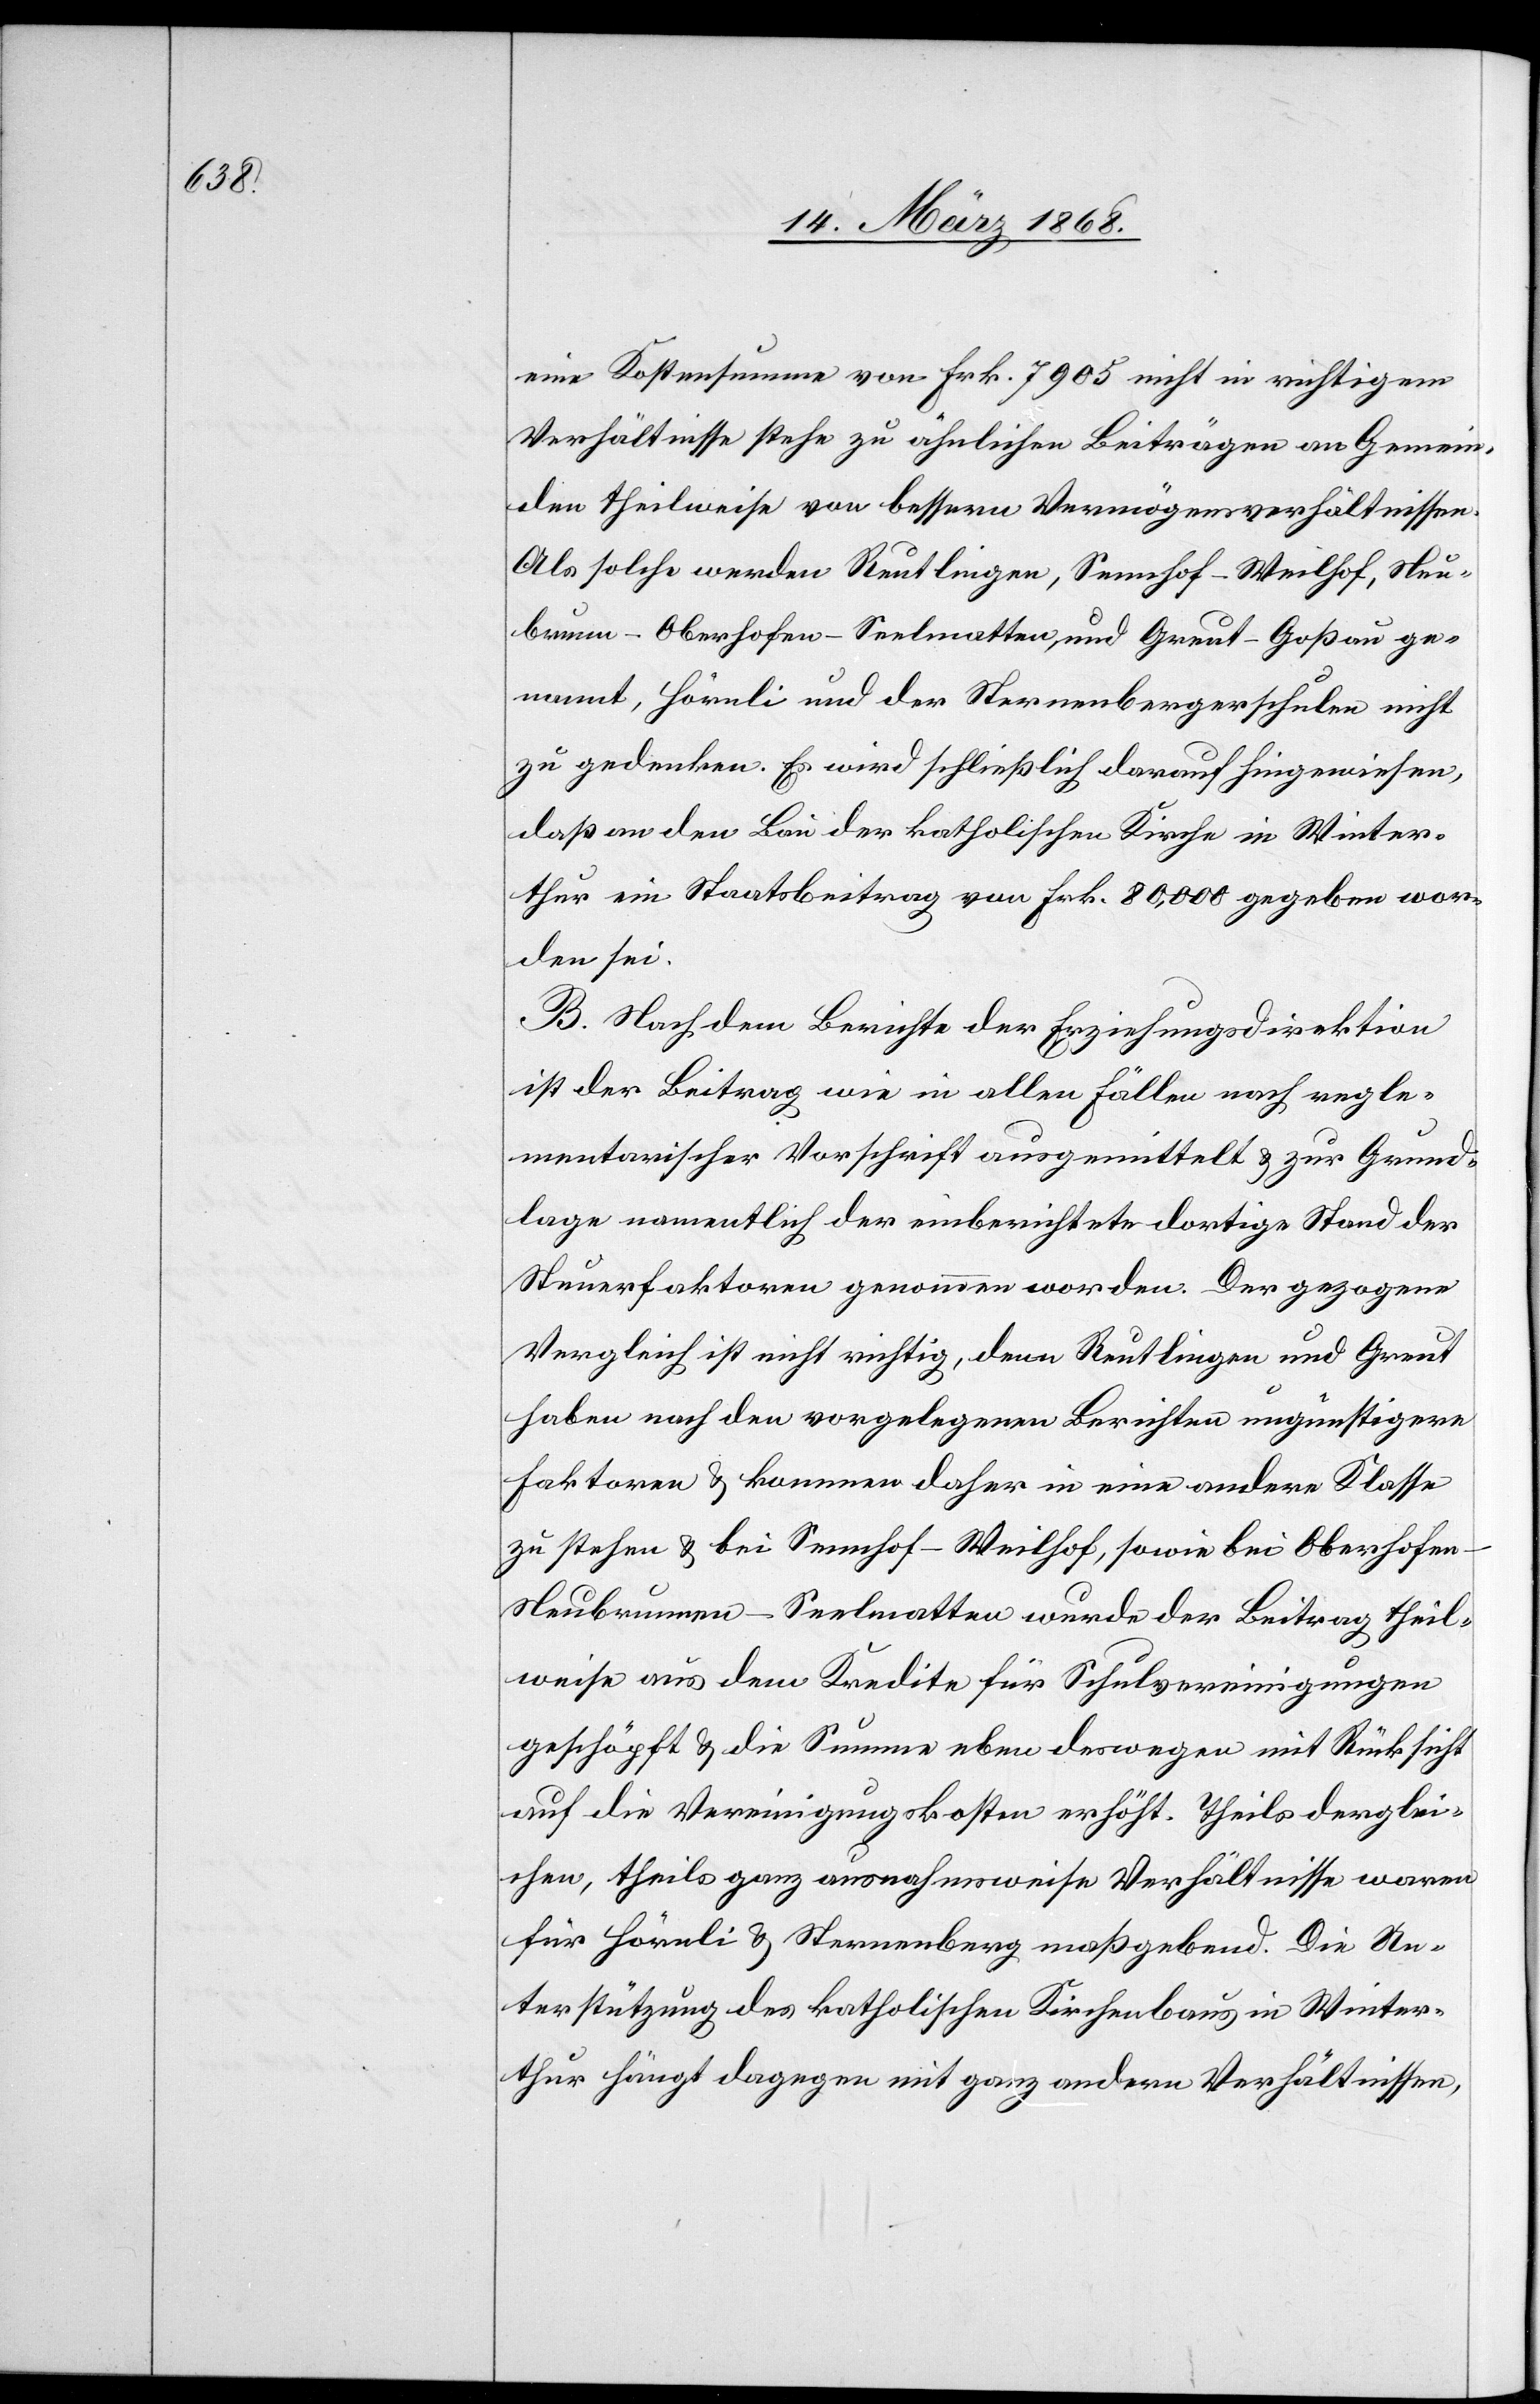
eine Kostensumme von Frk. 7905 nicht in richtigem
Verhältnisse stehe zu ähnlichen Beiträgen an Gemein¬
den theilweise von bessern Vermögensverhältnissen.
Als solche werden Reutlingen, Sennhof-Weilhof, Neu¬
brunn-Oberhofen-Seelmatten, und Greut-Goßau ge¬
nannt, Hörnli und der Sternenbergerschulen nicht
zu gedenken. Es wird schließlich darauf hingewiesen,
daß an den Bau der katholischen Kirche in Winter¬
thur ein Staatsbeitrag von Frk. 80,000 gegeben wor¬
den sei.
B. Nach dem Berichte der Erziehungsdirektion
ist der Beitrag wie in allen Fällen nach regle¬
mentarischer Vorschrift ausgemittelt & zur Grund¬
lage namentlich der einberichtete dortige Stand der
Steuerfaktoren genommen worden. Der gezogene
Vergleich ist nicht richtig, denn Reutlingen und Greut
haben nach den vorgelegenen Berichten ungünstigere
Faktoren & kommen daher in eine andere Klasse
zu stehen & bei Sennhof-Weilhof, sowie bei Oberhofen-N¬
eubrunnen-Seelmatten wurde der Beitrag theil¬
weise aus dem Kredite für Schulvereinigungen
geschöpft & die Summe eben deswegen mit Rücksicht
auf die Vereinigungskosten erhöht. Theils derglei¬
chen, theils ganz ausnahmsweise Verhältnisse waren
für Hörnli & Sternenberg maßgebend. Die Un¬
terstützung des katholischen Kirchenbaus in Winter¬
thur hängt dagegen mit ganz andern Verhältnissen,